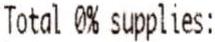
TOTAL 0% SUPPLIES: